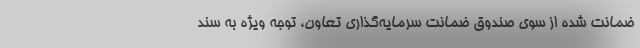
ضمانت شده از سوی صندوق ضمانت سرمایه‌گذاری تعاون، توجه ویژه به سند